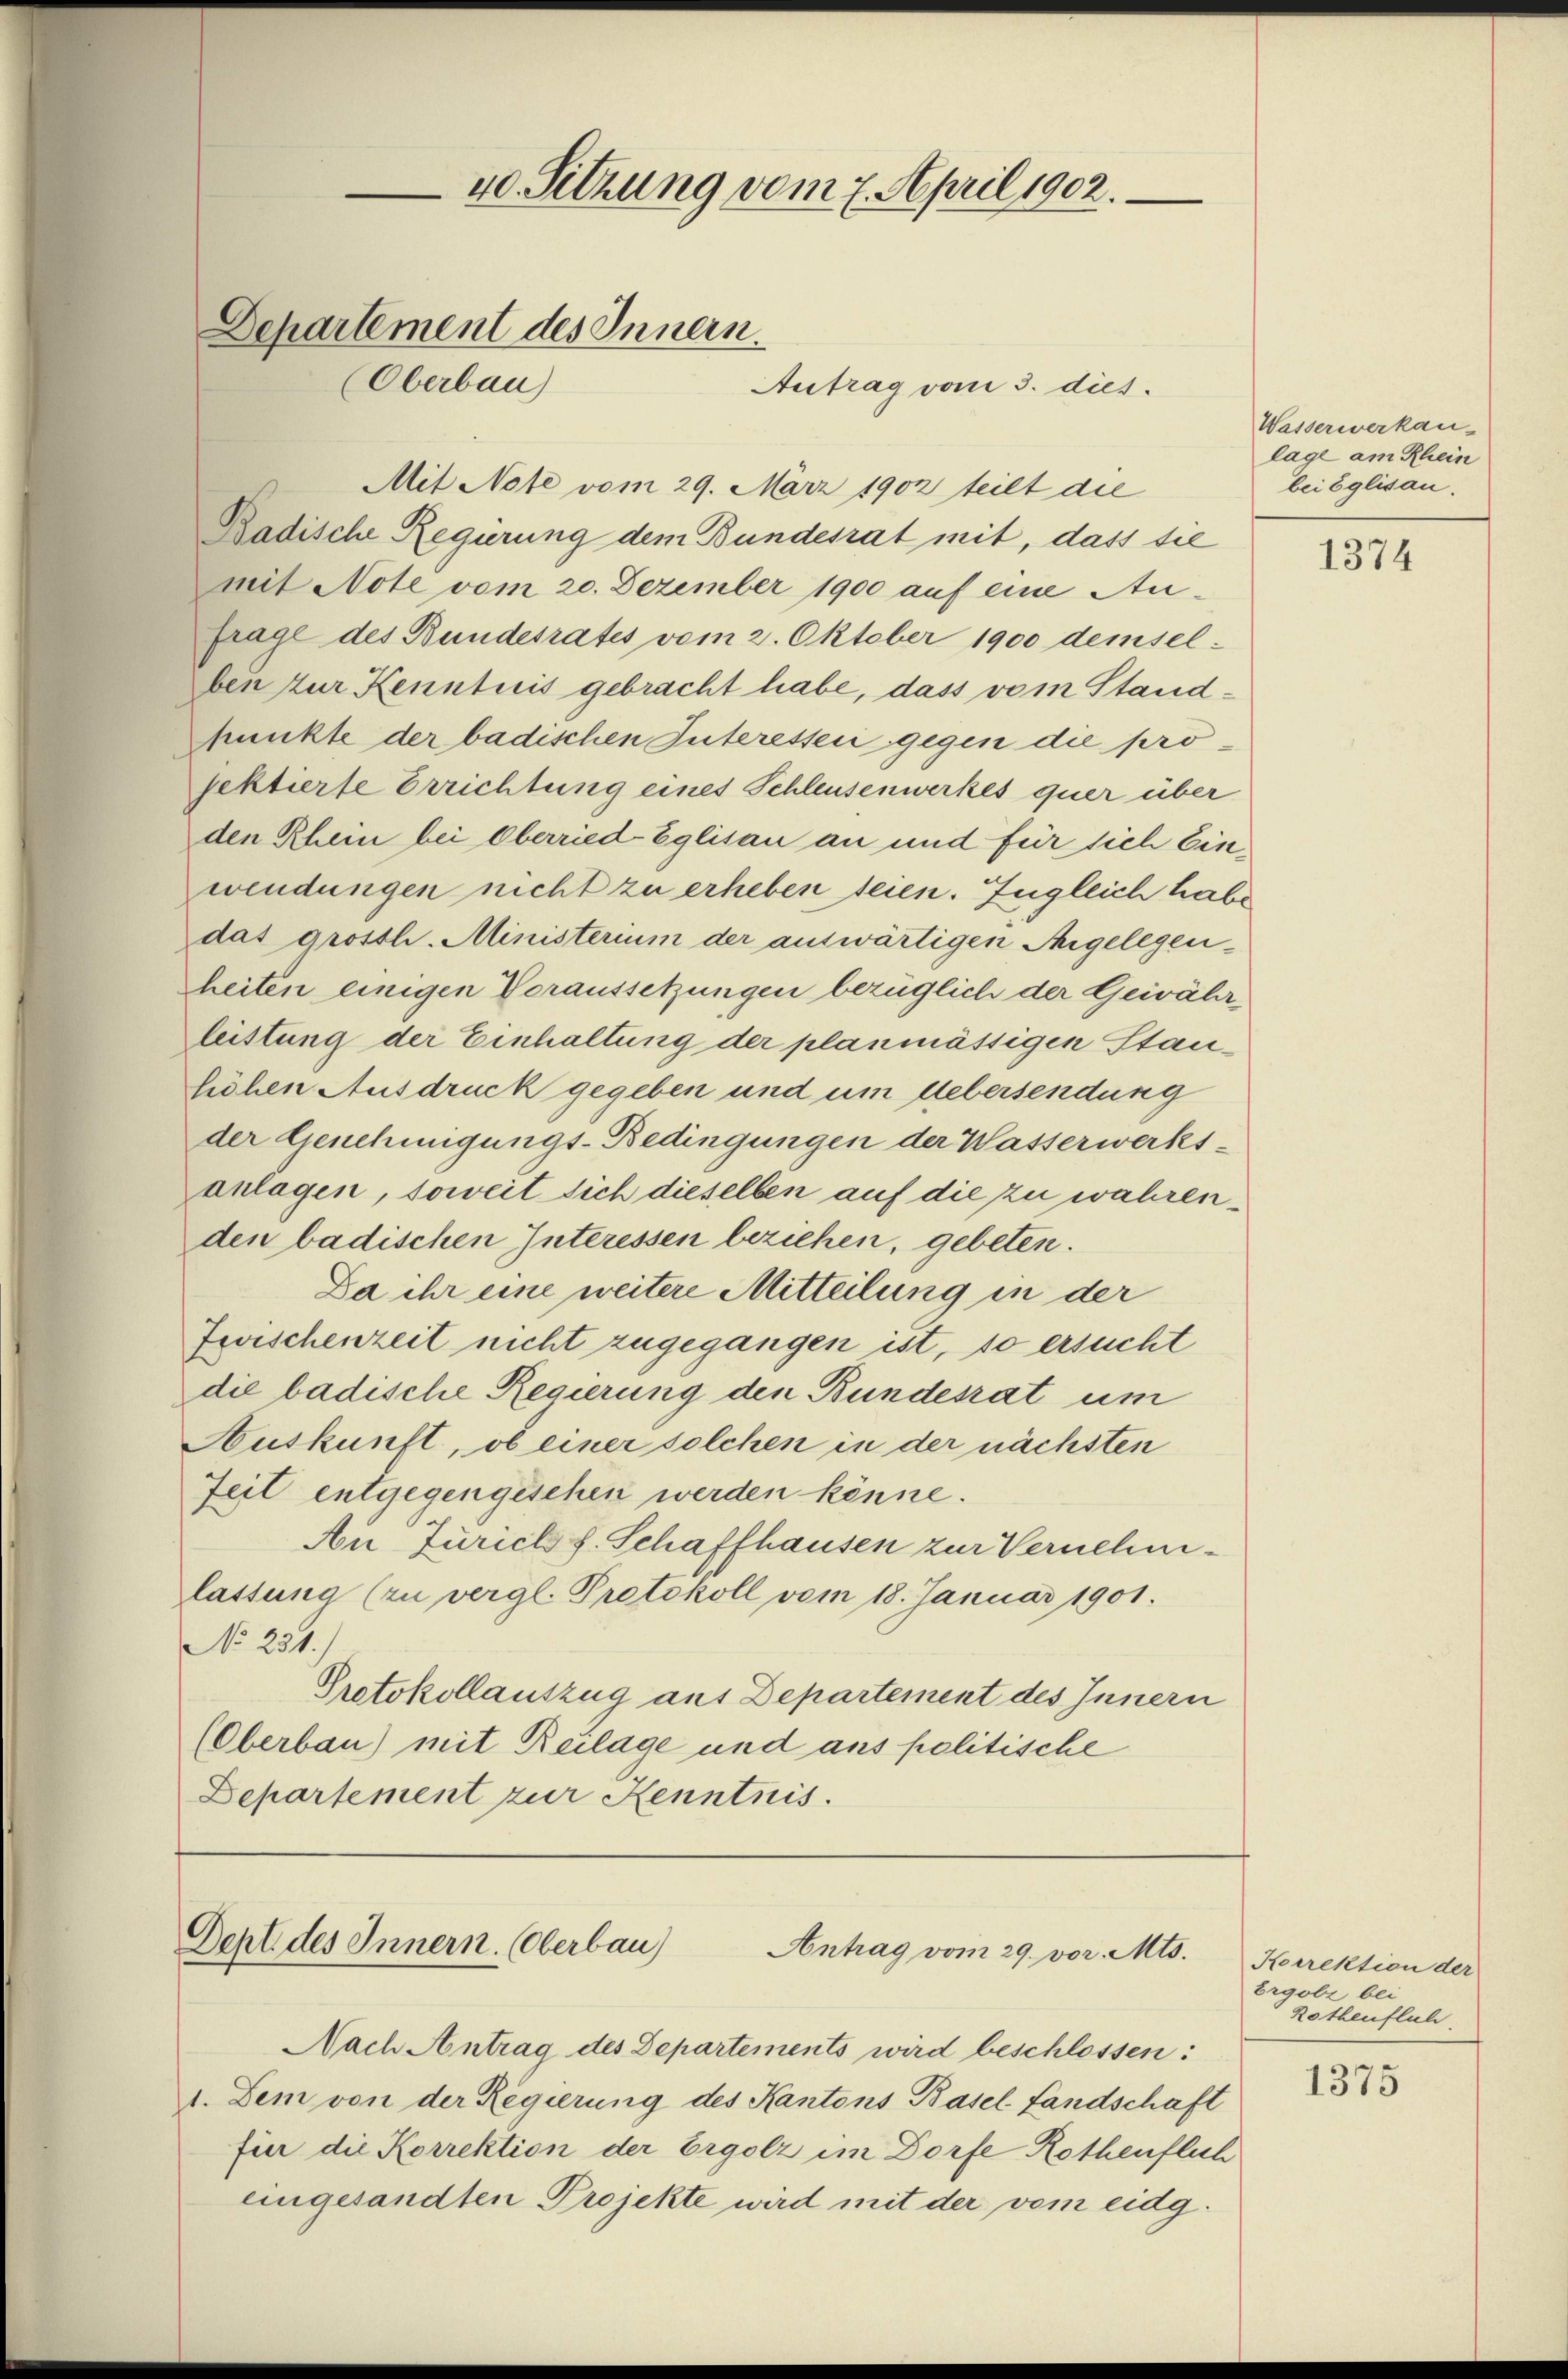
Mit Note vom 29. März 1902 teilt die
Radische Regierung dem Bundesrat mit, dass sie
mit Note vom 20. Dezember 1900 auf eine Aufrage des Bundesrates vom 2. Oktober 1900 demsel-
ben zur Kenntnis gebracht habe, dass vom Stand¬
Munkte der badischen Interesseii gegen die projektierte Errichtung eines Schleusenwerkes quer über
den Rhein bei Oberried Eglisau an und für sich Einwendungen nicht zu erheben seien. Engleich habe
das grosshi-Ministerium der auswärtigen Angelegenheiten einigen Voraussetzungen bezüglich der Gewährleistung der Einhaltung der planmässigen Stanhöhen Ausdruck gegeben und um Uebersendung
der Genehmigungs-Bedingungen der Wasserwerks-
anlagen, soweit sich dieselben auf die zu wahrenden badischen Interessen beziehen, gebeten.
Da ihr eine weitere Mitteilung in der
Zwischenzeit nicht zugegangen ist, so ersucht
die badische Regierung den Bundesrat um
Auskunft, ob einer solchen in der nächsten
Zeit entgegengesehen werden könne.
An Zürich f. Schaffhausen zur Vernehmlassung (zu vergl. Protokoll vom 18. Januar 1901.
No 231.)
Protokollauszug aus Departement des Innern
(Oberbau) mit Reilage und aus politische
Departement zur Kenntnis.

40. Sitzung vom 7. April 1902.
Departement des Innern.
(Oberbau)
Antrag vom 3. dies

Dept des Innern. (Oberbau)
Antrag vom 29. vor. Mts.

Nach Antrag des Departements wird beschlossen:
1. Dem von der Regierung des Kantons Basel fandschaft
für die Korrektion der Ergolz im Dorfe Rothenflich
eingesandten Projekte wird mit der vom eidg.

Wasserwerkau
lage am Rhein
bei Eglisau.

1374

Korrektion der
Ergobi bei
Rothenfluh

1375